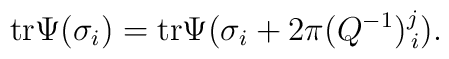
{\rm tr} \Psi(\sigma_i) ={\rm tr} \Psi(\sigma_i+ 2\pi (Q^{-1})_{\,i}^{j}).